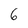
Character: 6